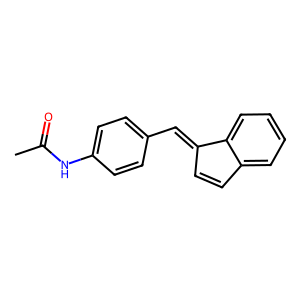
SMILES: CC(=O)Nc1ccc(C=C2C=Cc3ccccc32)cc1
Inhibits HIV replication: No